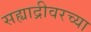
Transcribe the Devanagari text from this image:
सह्याद्रीवरच्या